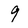
Character: 9